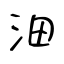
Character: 沺